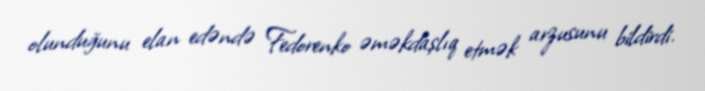
olunduğunu elan edəndə Fedorenko əməkdaşlıq etmək arzusunu bildirdi.